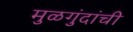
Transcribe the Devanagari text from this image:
मुळगुंदांची